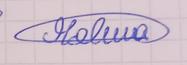
Signature authenticity: genuine